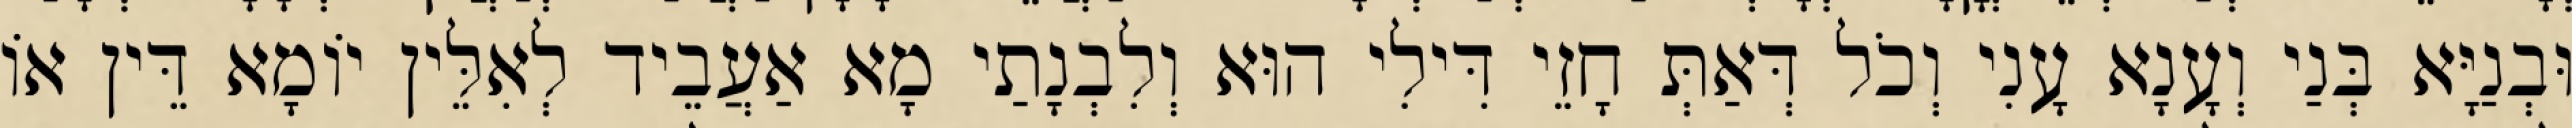
וּבְנַיָּא בְּנַי וְעָנָא עָנִי וְכֹל דְּאַתְּ חָזֵי דִּילִי הוּא וְלִבְנָתַי מָא אַעֲבֵיד לְאִלֵּין יוֹמָא דֵּין אוֹ